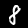
Digit: 8